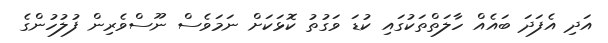
އަދި އެފަދަ ބައެއް ހާލަތްތަކުގައި ކުޑަ ވަގުތު ކޮޅަކަށް ނަމަވެސް ނޫސްވެރިން ފުލުހުންގެ